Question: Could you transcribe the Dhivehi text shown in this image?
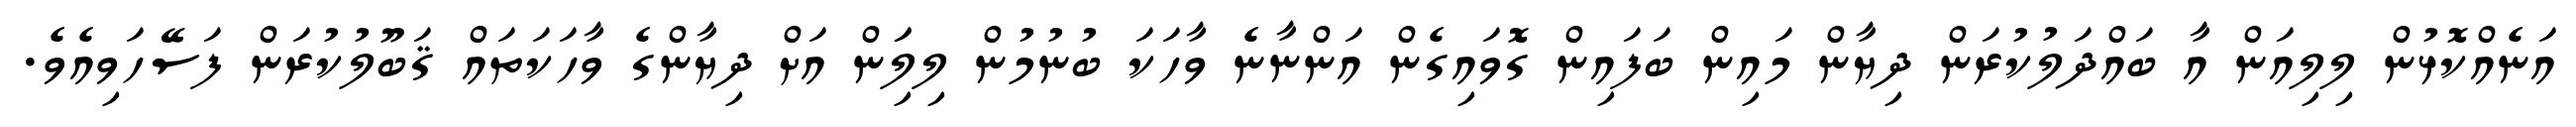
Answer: އަނެއްކޮޅުން ލިލިއަން އާ ބައްދަލުކުރަން ދިޔާން މައިން ބަފައިން ގޮވައިގެން އަންނާނެ ވާހަކަ ބުނުމުން ލިލިަަން އަށް ދިޔާންގެ ވާހަކަތައް ޤަބޫލުކުރަން ފަސޭހަވިއެވެ.